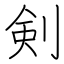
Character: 剣